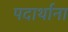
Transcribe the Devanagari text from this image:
पदार्थाना